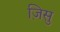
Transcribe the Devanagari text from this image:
ज़िसु